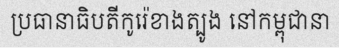
ប្រធានាធិបតីកូរ៉េខាងត្បូង នៅកម្ពុជានា